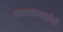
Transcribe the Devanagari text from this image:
राज्यकर्त्यानी